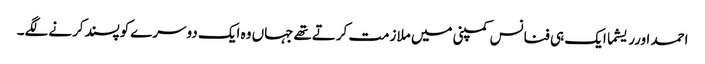
احمد اورریشما ایک ہی فنانس کمپنی میں ملازمت کرتےتھےجہاں وہ ایک دوسرےکوپسندکرنےلگے۔